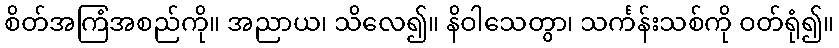
စိတ်အကြံအစည်ကို။ အညာယ၊ သိလေ၍။ နိဝါသေတွာ၊ သင်္ကန်းသစ်ကို ဝတ်ရုံ၍။